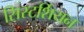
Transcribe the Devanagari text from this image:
सिस्टर्शियन